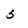
Character: 5